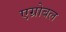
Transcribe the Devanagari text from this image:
एग्रोबल